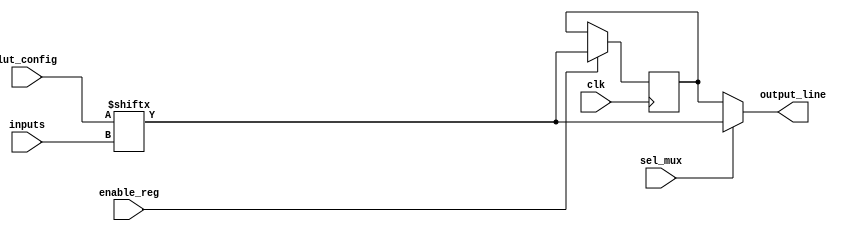
module CLB (
    input  wire [3:0] inputs,       // 4 input lines
    input  wire [15:0] lut_config,   // LUT configuration memory (16 values for 4-input LUT)
    input  wire sel_mux,             // MUX selection signal
    input  wire clk,                  // Clock signal for optional register
    input  wire enable_reg,           // Enable signal for the register
    output wire output_line           // Output line
);

// Internal signal for LUT output
wire lut_output;

// Look-Up Table (LUT)
assign lut_output = lut_config[{inputs[3], inputs[2], inputs[1], inputs[0]}];

// MUX selection
wire mux_output;
assign mux_output = sel_mux ? lut_output : output_line_reg;

// Register for storing output (optional)
reg output_line_reg;
always @(posedge clk) begin
    if (enable_reg) begin
        output_line_reg <= lut_output; // Store LUT output in register
    end
end

// Final output line
assign output_line = mux_output;

endmodule